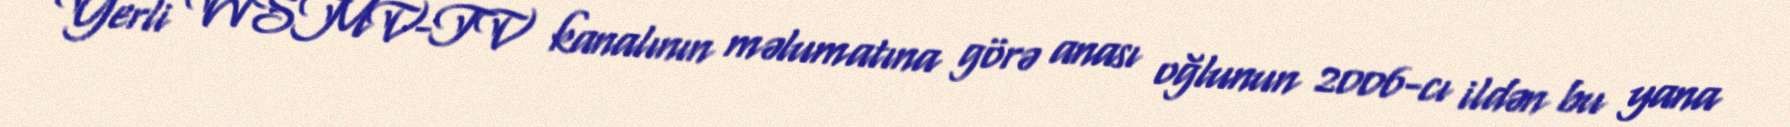
Yerli WSMV-TV kanalının məlumatına görə anası oğlunun 2006-cı ildən bu yana